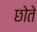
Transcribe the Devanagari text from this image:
छोते